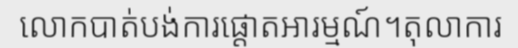
លោកបាត់បង់ការផ្តោតអារម្មណ៍។តុលាការ